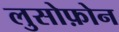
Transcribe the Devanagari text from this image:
लुसोफ़ोन